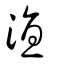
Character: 淔